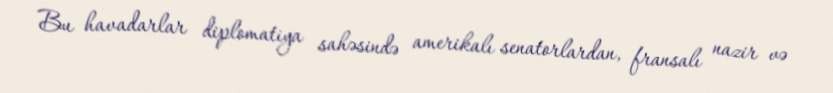
Bu havadarlar diplomatiya sahəsində amerikalı senatorlardan, fransalı nazir və